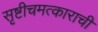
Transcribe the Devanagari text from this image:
सृष्टीचमत्काराची